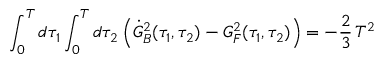
\int _ { 0 } ^ { T } d \tau _ { 1 } \int _ { 0 } ^ { T } d \tau _ { 2 } \, \Bigl ( { \dot { G } _ { B } } ^ { 2 } ( \tau _ { 1 } , \tau _ { 2 } ) - G _ { F } ^ { 2 } ( \tau _ { 1 } , \tau _ { 2 } ) \Bigr ) = - { \frac { 2 } { 3 } } \, T ^ { 2 } \quad